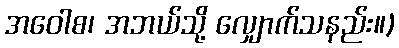
အဝေါစ၊ အဘယ်သို့ လျှောက်သနည်း။)